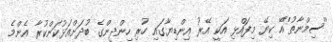
''ސިމްނާތު''އޭ ކިޔޭ މިފައްޅި އަކީ އޭރު އިންޑިޔާގައި ހުރި ހިންދީންގެ ބުދަށްއަޅުކަންކުރާ އެންމެ